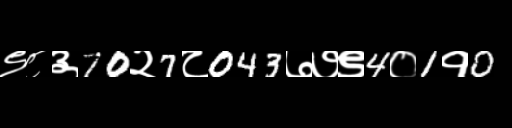
Text: ९८३70२7८043७७९4०1१0